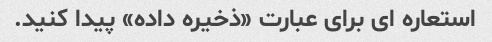
استعاره ای برای عبارت «ذخیره داده» پیدا کنید.